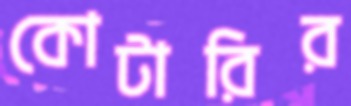
কোটারির